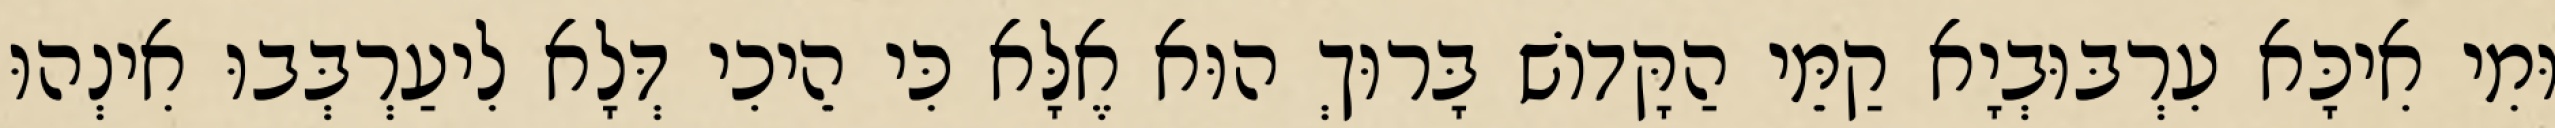
וּמִי אִיכָּא עִרְבּוּבְיָא קַמֵּי הַקָּדוֹשׁ בָּרוּךְ הוּא אֶלָּא כִּי הֵיכִי דְּלָא לִיעַרְבְּבוּ אִינְהוּ